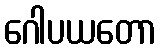
ဂေါပယတော